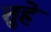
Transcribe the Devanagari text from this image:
तुहे